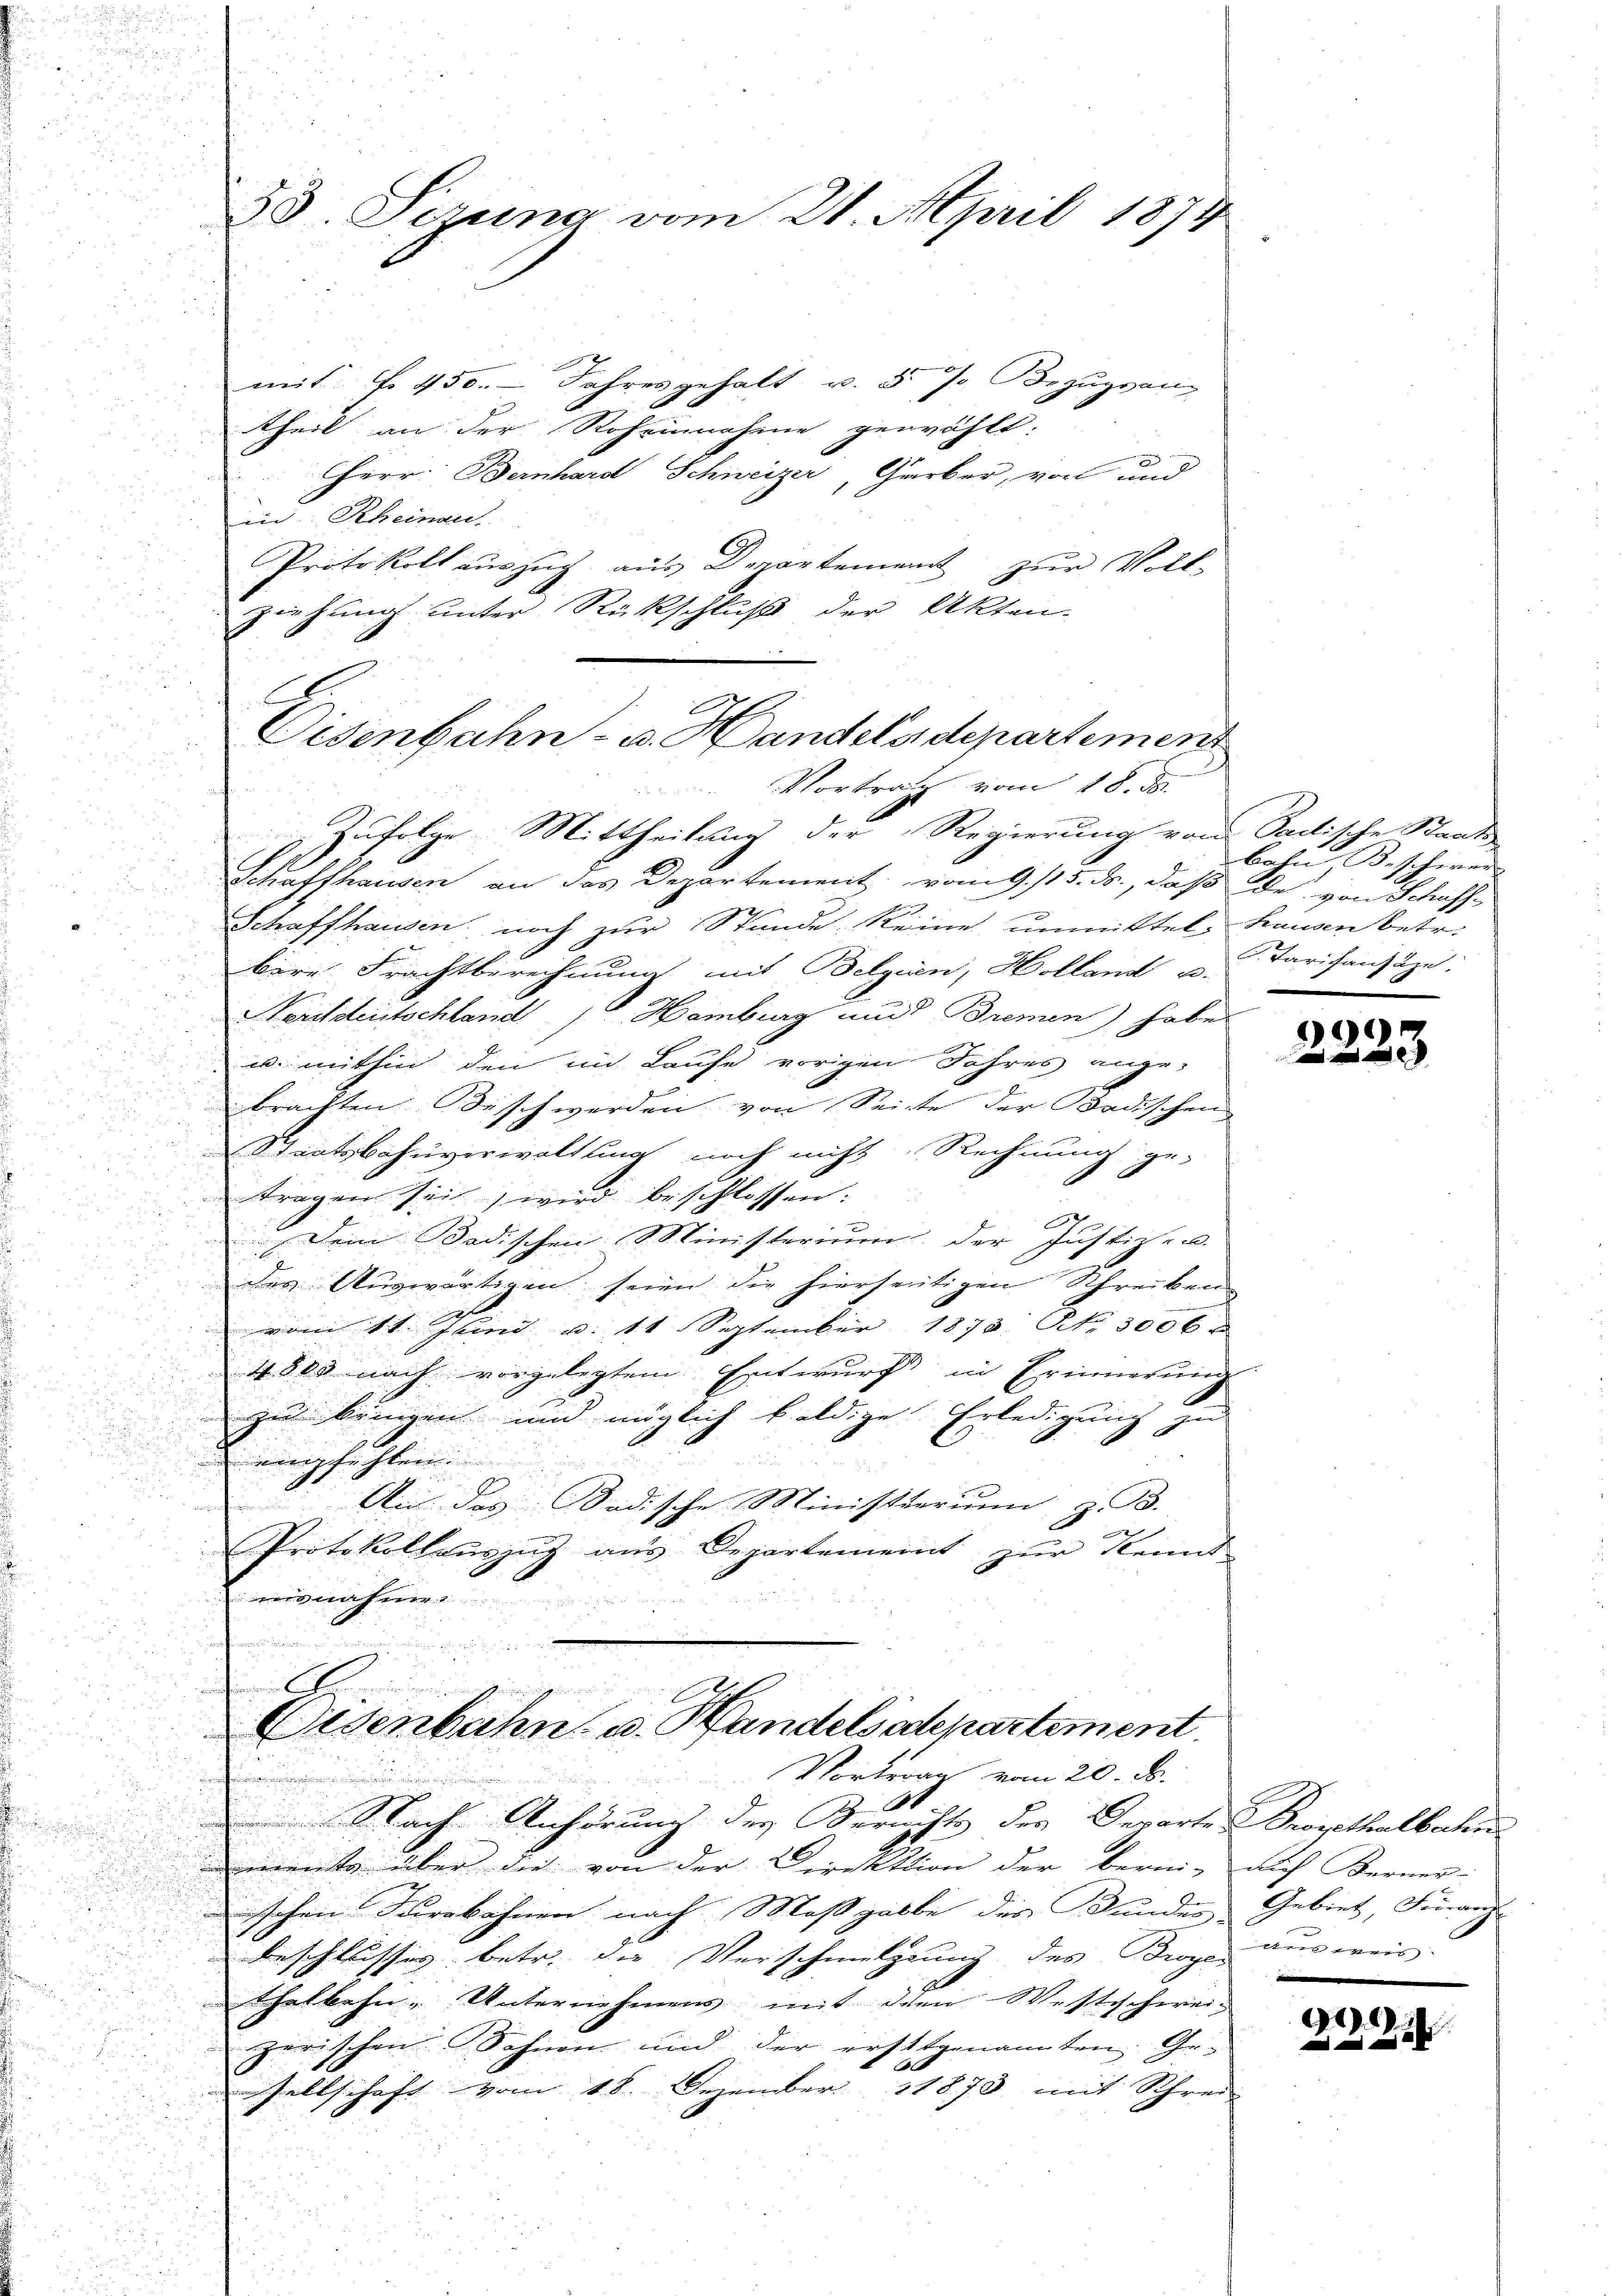
s
.
n
u

23 Perung vom 21. April 1874

mit No. 450. Jahres gehalt v. 5. J. Bezugsan
theil an der Roheinnahme gewählt.
err. Bernhard Schweizer, Gärber, vor und
in Scheinau
Protokoll auszug aus Departement zur Voll-
ziehung unter Rückschluß der Akten-
C
Zufolge Mittheilung der Regierung von Sachische Staats-
Schaffhausen an das Departement vom 9. 115. ds., daß des von Schaff¬
Schaffhausen noch zur Stunde keine unmittel, Hausen betr.
bere Frachtberechnung mit Belgien, Holland u.
Verifiteutschland (v. Hamburg und Bremen) habe
w. mithin den im Laufe vorgen Jahres ange-
.
brachten Bisch werden von Seite der Badischen

Staatsbahnverwaltung noch nicht Rechnung ge-
E
tragen sei, wird beschlossen:
e
Dein Bedischen Ministerium, der Justiz- u.
des Auswärtigen seien die hierseitigen Schreiben
vom 11. Junii a. 11. September 1875. No. 3006
4800 nach vorgelegtem Entwurf in Erinnerung
zu bringen und möglich baldige. Erledigung zu
.

empfehlen.

An des Badische Ministierum, z. B.
wund
Protokollaŭszŭg ans Departement zŭr Kennt
herer

Eisenbahn- u. Handeladepartement
Vortrag vom 18. d.

A
indung und
Eisenbahn u. Handelsdepartement.
Vortrag vom 20. ds.
.

bahn, Beschwer
. Tarifanzuze
|

Nach Anhörung der Berichts der Departe Broyethalbahn
ta über die von der Direktion der berni- auch Berner-
ischen Furrköhnen nach Maßgabe des Bunden Gebiet, Finanz-
i
beschlusses betr. die Verschmelzung des Broger am weis-
Thatbehn. Unternehmens mit den Westschweingarischen Sohnen und der ersttgenannten Gesellschaft vom 18. Dezember 11873 mit Schrei

9

.
.